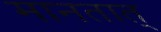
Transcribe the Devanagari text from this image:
मानतात्